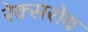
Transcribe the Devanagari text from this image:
रेक्सरोथ